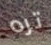
تره